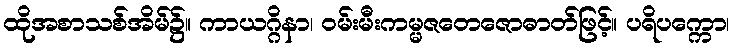
ထိုအစာသစ်အိမ်၌။ ကာယဂ္ဂိနာ၊ ဝမ်းမီးကမ္မဇတေဇောဓာတ်ဖြင့်။ ပရိပက္ကော၊